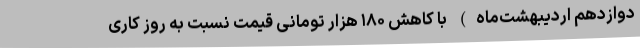
دوازدهم اردیبهشت‌ماه) با کاهش ۱۸۰ هزار تومانی قیمت نسبت به روز کاری